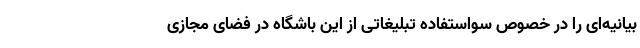
بیانیه‌ای را در خصوص سواستفاده تبلیغاتی از این باشگاه در فضای مجازی